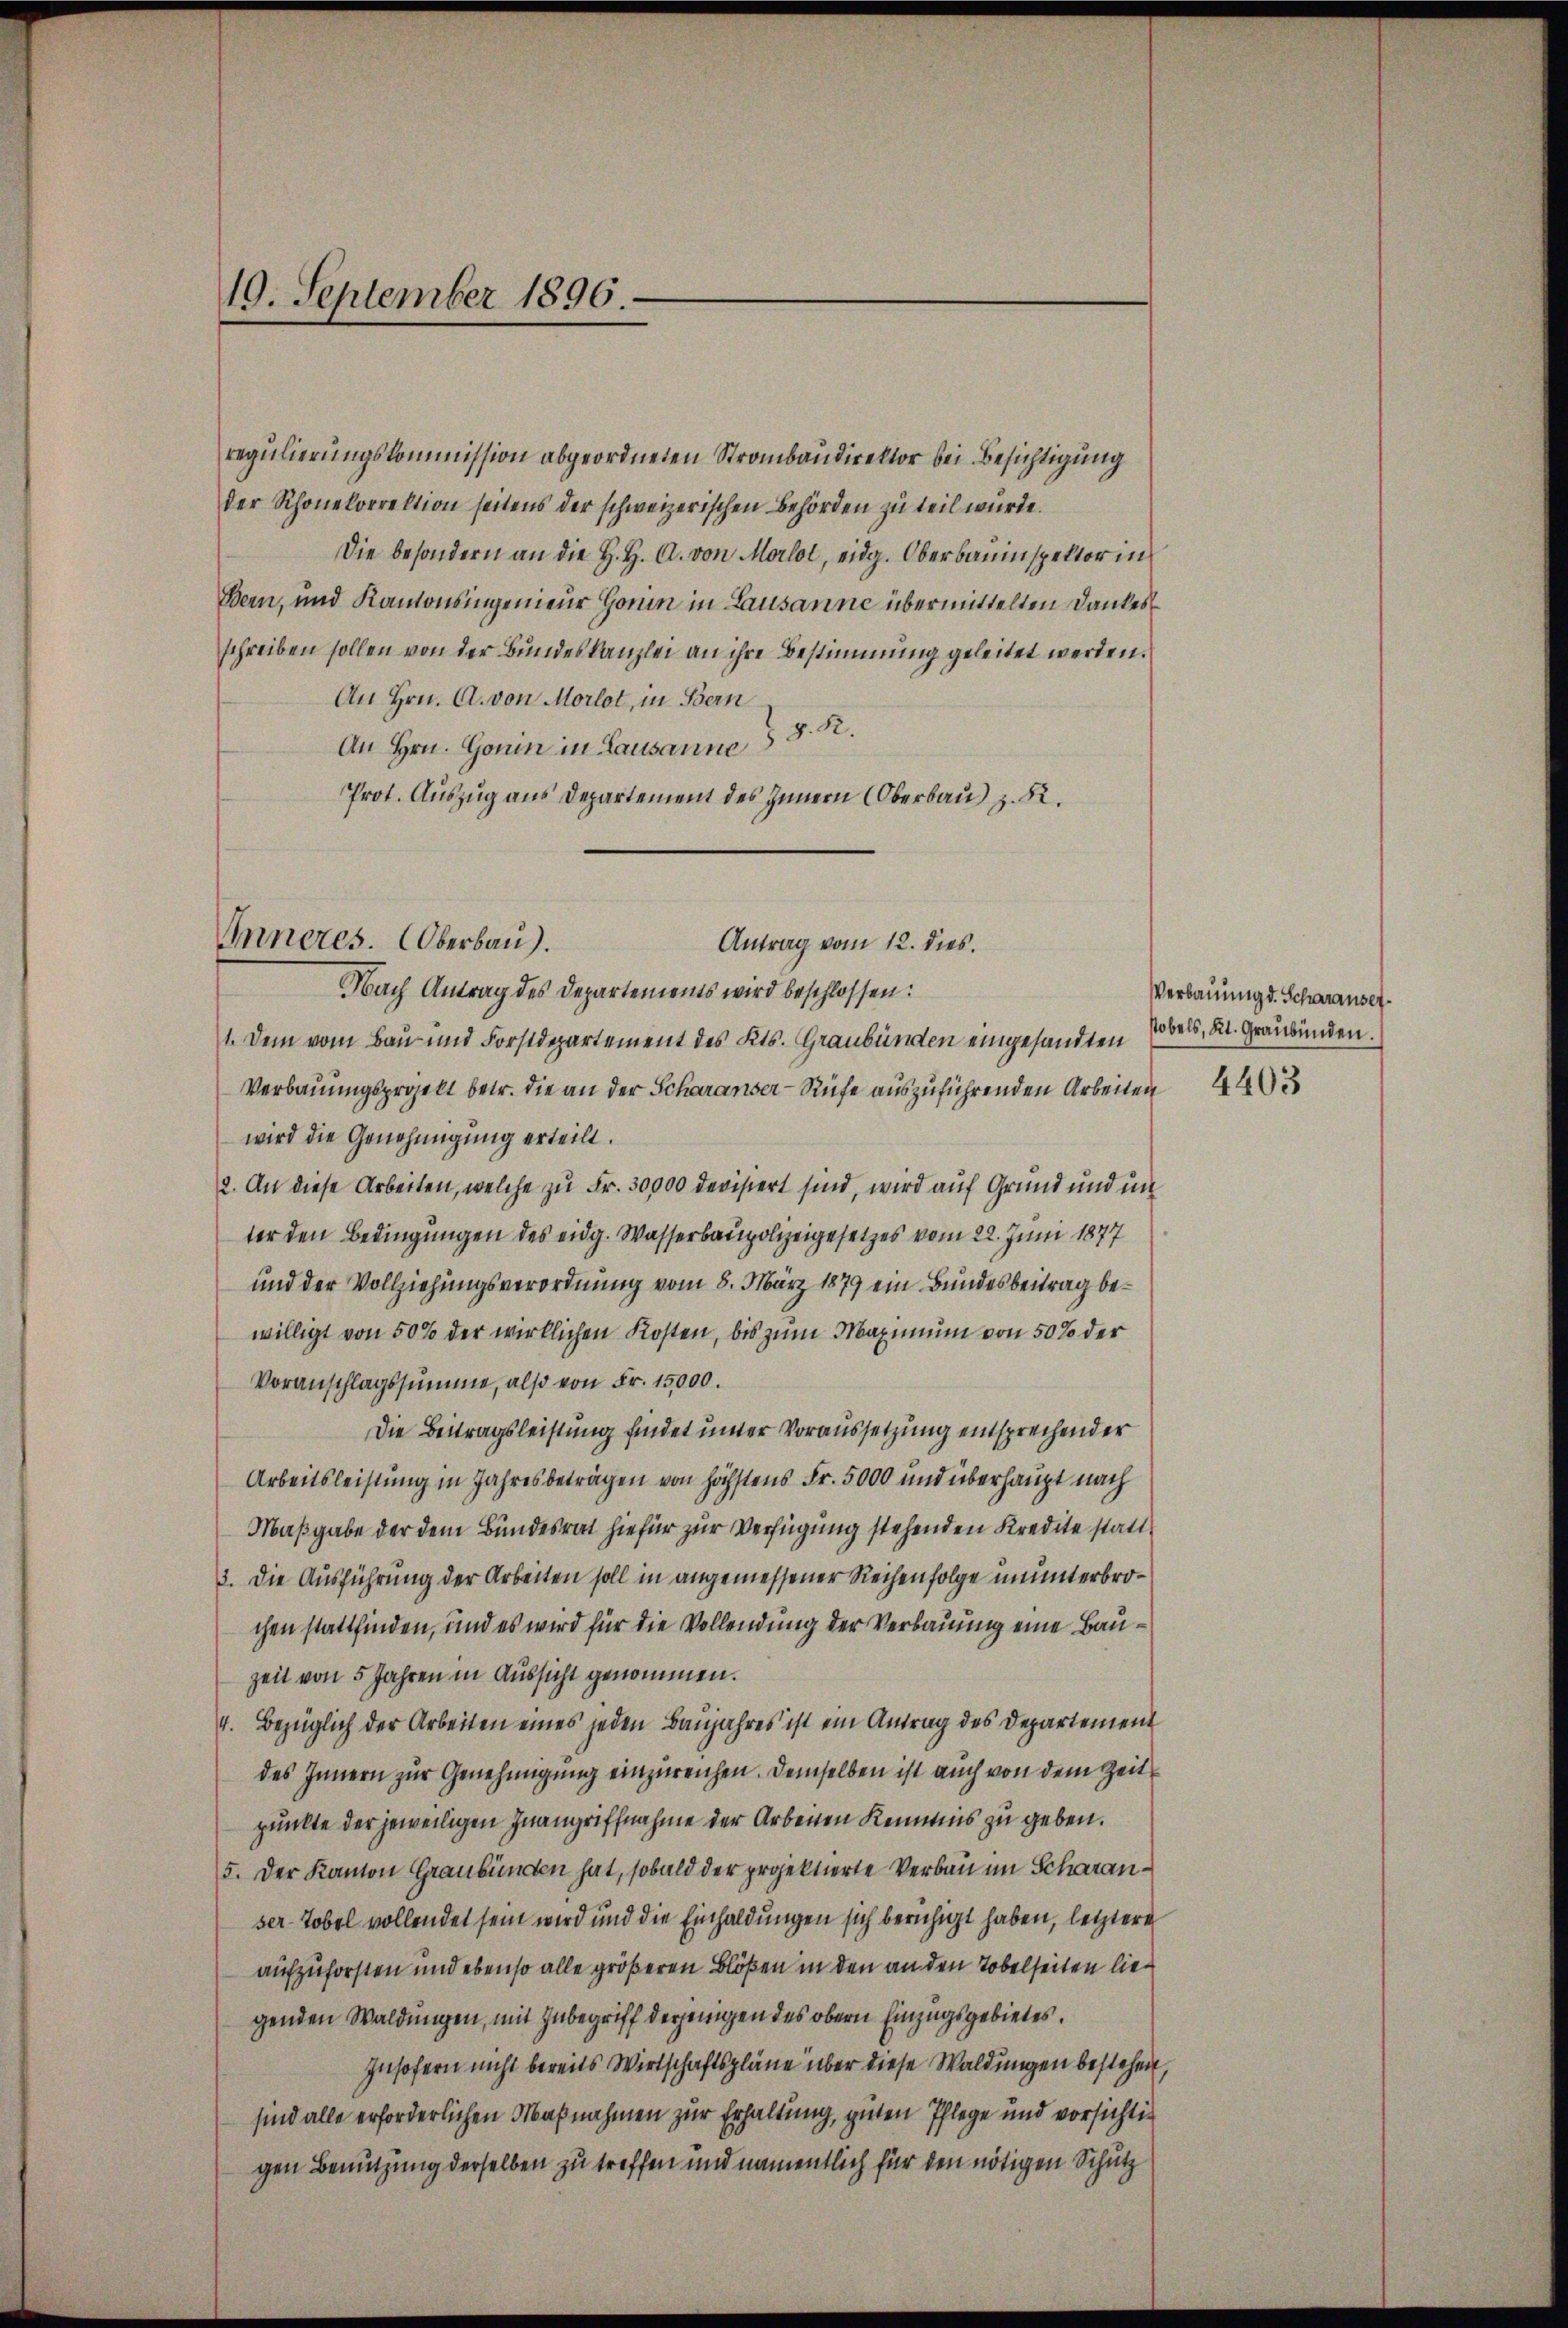
10. September 1896.

Inneres. Oberbau).

regulierungskommission abgeordneten Strombaudirektor bei Besichtigung
der Rhonekorrektion seitens der schweizerischen Behörden zu teil wurde.
Die besondern an die H. H. A. von Morlot, eidg. Oberbauinspektor in
Bern, und Kantonsingenieur Haum in Lausanne übermittelten Dankes
schreiben sollen von der Bundeskanzlei an ihre Bestimmung geleitet werden.
An Hrn. A. von Morlot, in Bern
An Hrn. Gonin in Lausanne & 8. R.
Prot. Auszug aus Departement des Innern Oberbau) z. R.
Nach Antrag des Departements wird beschlossen:
1. Dem vom Bau- und Forstdepartement des Kts. Graubünden eingesandten Edels, Dr. Graubünden.
Verbauungsprojekt betr. die an der Scharanser - Rufe auszuführenden Arbeiten
wird die Genehmigung erteilt.
2. An diese Arbeiten, welche zu Fr. 30000 devisiert sind, wird auf Grund und in
ter den Bedingungen des eidg. Wasserbaupolizeigesetzes vom 22. Juni 1877
und der Vollziehungsverordnung vom 8. März 1879 ein Bundesbeitrag bewilligt von 50% der wirklichen Kosten, bis zum Maximum von 50% der
Voranschlagssumme, also von Fr. 15000.
Die Beitragsleistung findet unter Voraussetzung entsprechender
Arbeitsleistung in Jahresbeträgen von höchstens Fr. 5000 und überhaupt nach
Maßgabe der dem Bundesrat hiefür zur Verfügung stehenden Kredite statt¬
3. Die Ausführung der Arbeiten soll in angemessener Reihenfolge ununterbrochen stattfinden, und es wird für die Vollendung der Verbauung eine Bau¬
Zeit von 5 Jahren in Aussicht genommen.
4. Bezüglich der Arbeiten eines jeden Baŭjahres ist ein Antrag des Departement
des Innern zur Genehmigung einzureichen. Demselben ist auch von dem Zeit
punkte der jeweiligen Inangriffnahme der Arbeiten Kenntnis zu geben.
5. Der Kanton Graubünden hat, sobald der projektierte Verbau im Scharanser-Tobel vollendet sein wird und die Einhaldungen sich beruhigt haben, letztere
aufzuforsten und ebenso alle größeren Blößen in den an den Tobelseiten liegenden Waldungen, mit Inbegriff derjenigen des obern Einzugsgebietes.
Insofern nicht bereits Wirtschaftspläne über diese Waldungen bestehen,
sind alle erforderlichen Maßnahmen zur Erhaltung, guten Pflege und vorsichtig
gen Benutzung derselben zu treffen und namentlich für den nötigen Schutz

Antrag vom 12. dies

Verbauung d. Scharanset
4403